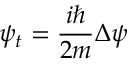
\psi _ { t } = { \frac { i \hbar } { 2 m } } \Delta \psi